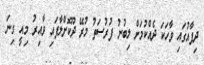
ދިފާއުގައި ވާހަކަ ދެއްކުމަށް ލިބުނު ފުރުސަތު މުރޭ ދޫކޮށްލާފައި ވާއިރު މިއީ ގިނަ